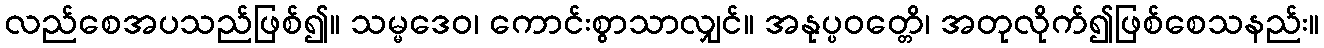
လည်စေအပသည်ဖြစ်၍။ သမ္မဒေဝ၊ ကောင်းစွာသာလျှင်။ အနုပ္ပဝတ္တေိ၊ အတုလိုက်၍ဖြစ်စေသနည်း။